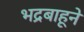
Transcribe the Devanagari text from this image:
भद्रबाहूने